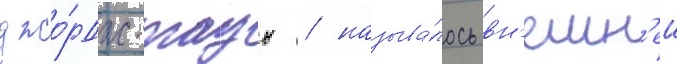
джо́рдж-таун / называ́лось вн'ешн'еи